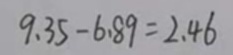
9 . 3 5 - 6 . 8 9 = 2 . 4 6